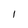
Character: l